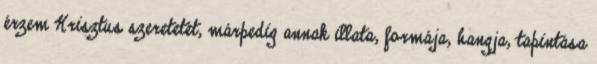
érzem Krisztus szeretetét, márpedig annak illata, formája, hangja, tapintása